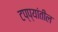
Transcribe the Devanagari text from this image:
टप्प्यांतील